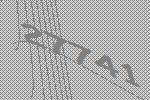
27741